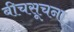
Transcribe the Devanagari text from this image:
बीचसूचना